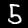
Label: 5